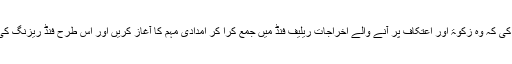
اور کارکنان کو ہدائت کی کہ وہ زکوٰۃ اور اعتکاف پر آنے والے اخراجات ریلیف فنڈ میں جمع کرا کر امدادی مہم کا آغاز کریں اور اس طرح فنڈ ریزنگ کی ملک گیر مہم چلائیں۔